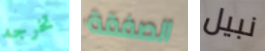
تخرجه الصفقة نبيل